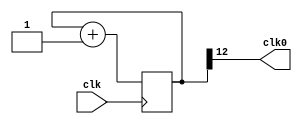
module FREQ_DIV ( clk , clk0 );

////////////////////////////////////////////////////////////////////////////////////////////////////////////////////////////////////////////////////////////////////
//SETTINGS

parameter	DIV	= 12;

//SETTINGS				
////////////////////////////////////////////////////////////////////////////////////////////////////////////////////////////////////////////////////////////////////

input clk;

output reg clk0;

/////////////////////////////////////////

reg [DIV:0] counter;

/////////////////////////////////////////

always @( posedge clk )
begin
	counter <= counter + 1;
end

/////////////////////////////////////////

always
begin
	clk0 <= counter[DIV];
end

/////////////////////////////////////////

endmodule